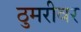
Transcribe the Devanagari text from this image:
ठुमरीवर